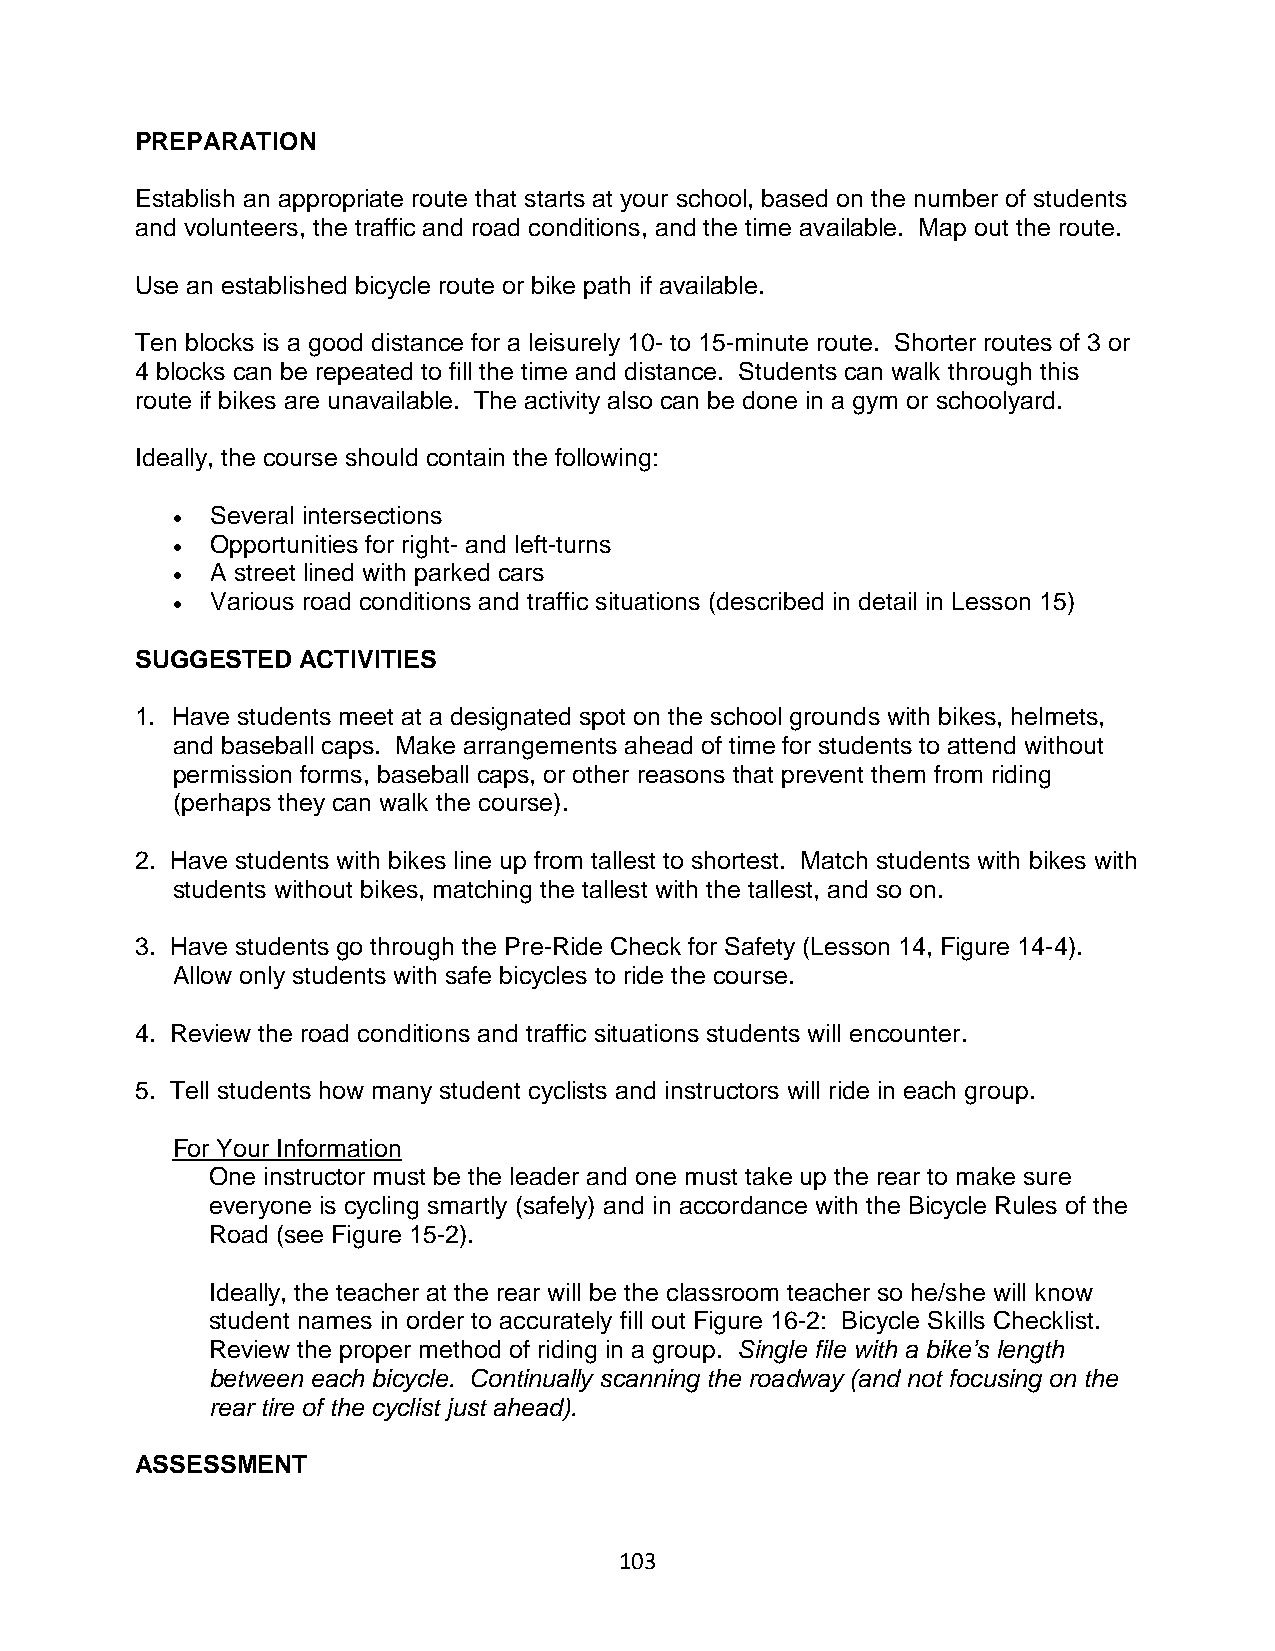
PREPARATION
 Establish an appropriate route that starts at your school, based on the number of students
 and volunteers, the traffic and road conditions, and the time available. Map out the route.
 Use an established bicycle route or bike path if available.
 Ten blocks is a good distance for a leisurely 10- to 15-minute route. Shorter routes of 3 or
 4 blocks can be repeated to fill the time and distance. Students can walk through this
 route if bikes are unavailable. The activity also can be done in a gym or schoolyard.
 Ideally, the course should contain the following:
 •  Several intersections
 •  Opportunities for right- and left-turns
 •  A street lined with parked cars
 •  Various road conditions and traffic situations (described in detail in Lesson 15)
 SUGGESTED  ACTIVITIES
 1. Have students meet at a designated spot on the school grounds with bikes, helmets,
 and baseball caps. Make arrangements ahead of time for students to attend without
 permission forms, baseball caps, or other reasons that prevent them from riding
 (perhaps they can walk the course).
 2. Have students with bikes line up from tallest to shortest. Match students with bikes with
 students without bikes, matching the tallest with the tallest, and so on.
 3. Have students go through the Pre-Ride Check for Safety (Lesson 14, Figure 14-4).
 Allow only students with safe bicycles to ride the course.
 4. Review the road conditions and traffic situations students will encounter.
 5. Tell students how many student cyclists and instructors will ride in each group.
 For Your Information
 One instructor must be the leader and one must take up the rear to make sure
 everyone is cycling smartly (safely) and in accordance with the Bicycle Rules of the
 Road (see Figure 15-2).
 Ideally, the teacher at the rear will be the classroom teacher so he/she will know
 student names in order to accurately fill out Figure 16-2: Bicycle Skills Checklist.
 Review the proper method of riding in a group. Single file with a bike’s length
 between each bicycle. Continually scanning the roadway (and not focusing on the
 rear tire of the cyclist just ahead).
 ASSESSMENT
 103